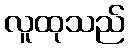
လူထုသည်